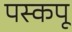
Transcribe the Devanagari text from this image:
पस्कपू